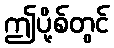
ဤပို့စ်တွင်